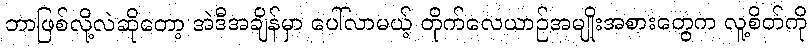
ဘာဖြစ်လို့လဲဆိုတော့ အဲဒီအချိန်မှာ ပေါ်လာမယ့် တိုက်လေယာဉ်အမျိုးအစားတွေက လူ့စိတ်ကို